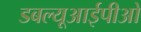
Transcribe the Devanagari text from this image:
डबल्यूआईपीओ